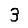
Digit: 3